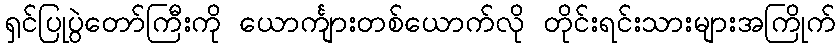
ရှင်ပြုပွဲတော်ကြီးကို ယောင်္ကျားတစ်ယောက်လို တိုင်းရင်းသားများအကြိုက်